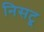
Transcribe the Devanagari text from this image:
निसटू